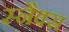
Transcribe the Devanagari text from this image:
स्‍नैक्स